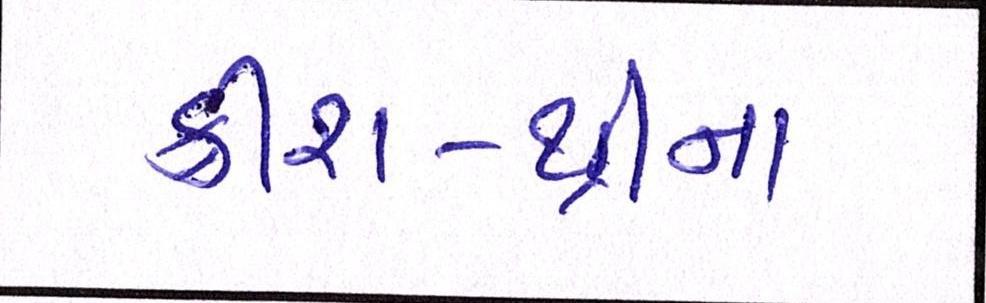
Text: ક્રીશ-થ્રીના